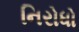
નિરોધો